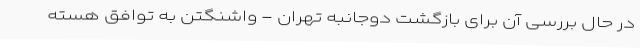
در حال بررسی آن برای بازگشت دوجانبه تهران - واشنگتن به توافق هسته